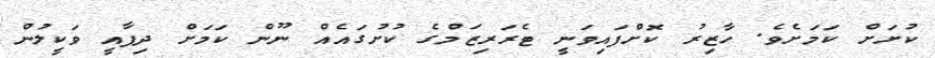
ކުށަށް ކަމަށެވެ. ހާޒިރު ކޮށްފައިވަނީ ޓެރަރިޒަމްގެ ކުށުގައެއް ނޫން ކަމަށް ދިފާއީ ވަކީލުން